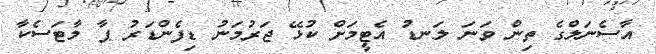
އާސެނަލްގެ ތިން ވަނަ ލަނޑު އެޓީމަށް ކުޅޭ ޖަރުމަނު ޑިފެންޑަރު ޕާ މާޓަސެކާ